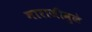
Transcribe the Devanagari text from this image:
नाराजीमुळे